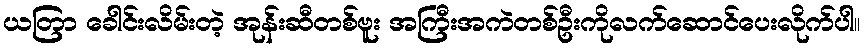
ယတြာ ခေါင်းလိမ်းတဲ့ အုန်းဆီတစ်ဗူး အကြီးအကဲတစ်ဦးကိုလက်ဆောင်ပေးလိုက်ပါ။